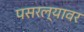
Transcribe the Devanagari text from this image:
पसरल्यावर